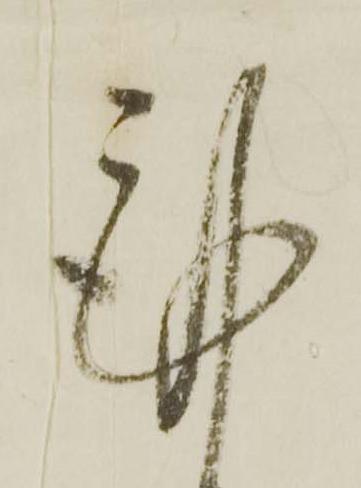
謹